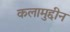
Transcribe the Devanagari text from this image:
कलामुद्दीन